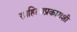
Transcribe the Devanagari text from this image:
साहित्यप्रकाराशी